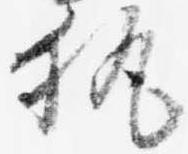
執